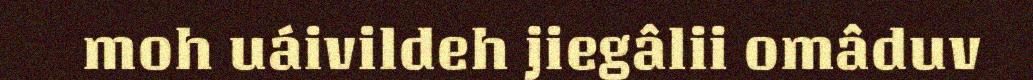
moh uáivildeh jiegâlii omâduv